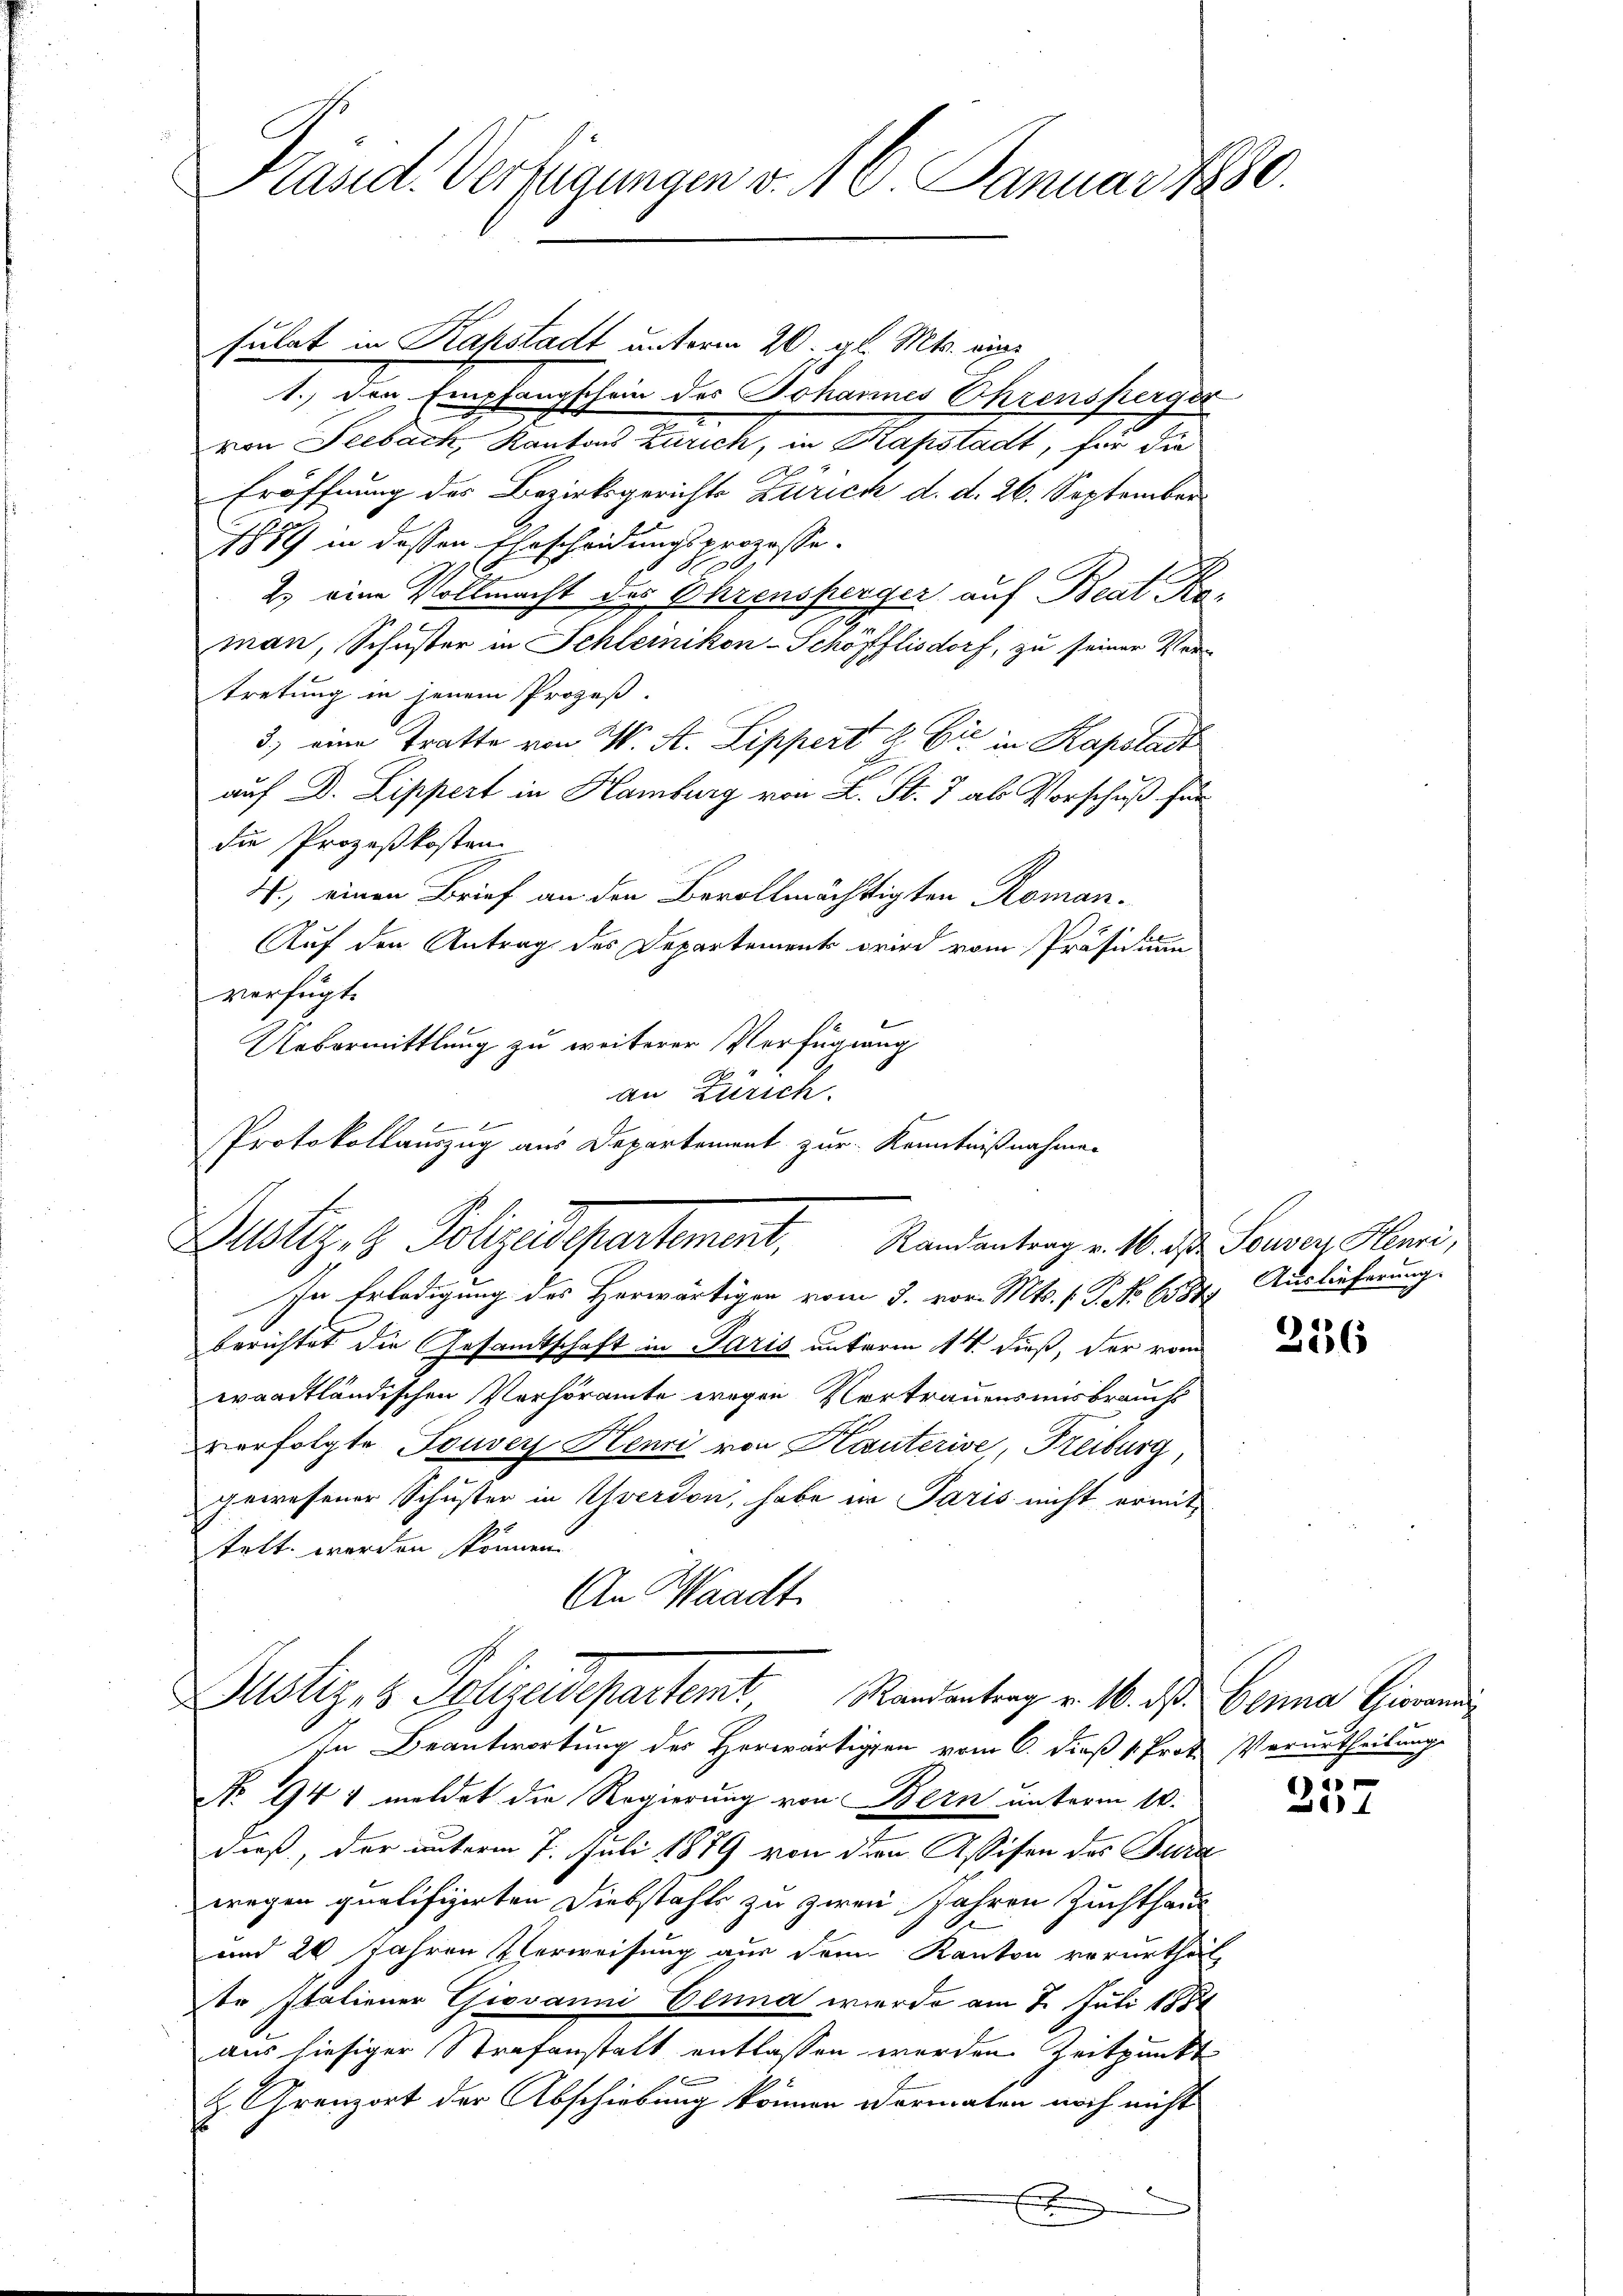
Kasid. Verfügungen v. 10. Januar 1880.

sulat in Kapstadt unterm 20. gl. Mts. eine
1., den Empfangschein des Johannes Ehrensperger
von Seeback, Kantons Zürich, in Kapstadt, für die
Eröffnung der Bezirksgerichts Zürich d. d. 26. September
1889 in dessen Ehescheidungsprozesse.
E
2.) eine Vollmacht des Ohrensperger auf Beat Re-
man, Schuster in Schleinikon-Schöfflisdorf, zu seiner Ver-
tretung in jenem Prozeß-
3) eine Tratte von W. A. Lippert & Cie in Kapslast
auf Dr. Lippert in Hamburg von L. St. J. als Vorschuß für
die Prozeßkosten
4., einen Brief an den Bevollmächtigten Roman¬
Auf den Antrag des Departement wird vom Präsidium
verfügt:
In Erledigung des Herwärtigen vom 3. vor. Mts. f. P. No 6387. Auslieferung
berichtet die Gesamtschaft in Paris unterm 14. dieß, der vom
waadtländischen Verhöramte wegen Vertrauensmisbrauchs
verfolgte Souver Henri von Hauterive, Freiburg,
gewesener Schuster in Yverdon, habe in Paris nicht ermittelt werden können.
An Waadt
Justiz- & Polizeidepartemt, Randentrag v. 16. d. Berna Candi
In Beantwortung des Herwärtigen vom 6. dieß 1. Prof. Verurtheilung
No 94 & meldet die Regierung von Bern unterm 10.
dieß, der unterm 7. Juli 1889 von der Assison des Bürd
wegen qualifizirten Diebstahls zu zwei Jahren Zuchthaus
und 20 Jahren Verweisung aus dem Kanton verurtheil,
te Italiener Giovanni Einna werde am 2. Juli 1858
aus hiesiger Strafanstalt entlassen werden Zeitpunkt
H. Grenzort der Abschiebung können dermaten noch nicht
e

Uebermittlung zu weiterer Verfügung
an Zürich.
f
Protokollauszug aus Departement zur Kenntnißnahmen
Zustiz & Polizeidepartement, Randentrag v. 10. d. Souver Hanni,

336

257